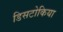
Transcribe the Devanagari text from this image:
डिसटोकिया